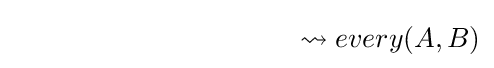
\ \ \ \ \ \ \ \ \ \ \ \ \ \ \ \ \ \ \ \ \ \ \ \ \ \ \ \ \ \ \ \rightsquigarrow every(A,B)